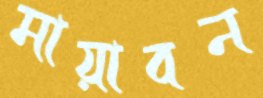
মায়াবন